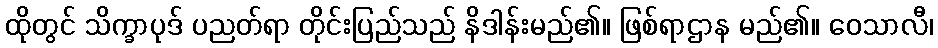
ထိုတွင် သိက္ခာပုဒ် ပညတ်ရာ တိုင်းပြည်သည် နိဒါန်းမည်၏။ ဖြစ်ရာဌာန မည်၏။ ဝေသာလီ၊